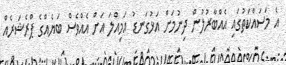
އެ މަސައްކަތުގައި އެއްބާރުލުން ދިނުމަށް އަޅުގަނޑު އަމިއްލަ އަށް އެއްވެސް ބަޔެއްގެ ޕްރެޝަރެއް